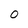
Character: O